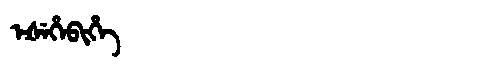
Manchu: ᡝᡧᡝᡥᡝᠪᡳᡥᡝ
Romanization: EŠEHEBIHE